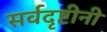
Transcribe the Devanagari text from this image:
सर्वदृष्टीनी